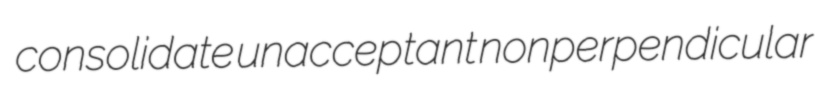
consolidate unacceptant nonperpendicular